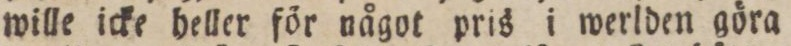
wille icke heller för något pris i werlden göra